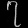
Digit: ၇